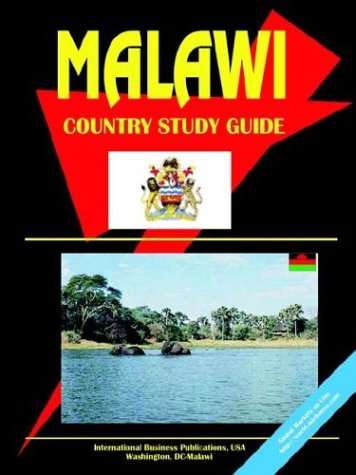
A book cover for Malawi Country Study Guide; Ibp Usa; Travel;